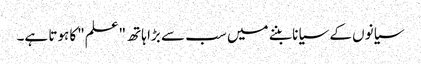
سیانوں کے سیانا بننے میں سب سے بڑا ہاتھ "علم"کا ہوتا ہے۔